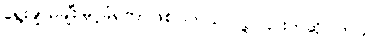
ရွေးချယ်ချီးမြှင့်ခံရတာဖြစ်ပါတယ် လို့ ၎င်းကဆိုပါတယ်။